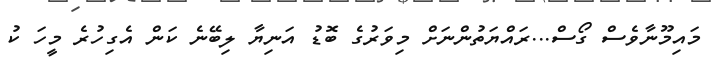
މައިމޫނާވެސް ގޯސް...ރައްޔަތުންނަށް މިވަރުގެ ބޮޑު އަނިޔާ ލިބޭނެ ކަން އެގިހުރެ މީހަ ކު